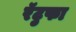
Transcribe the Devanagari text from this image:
रॅटुफा